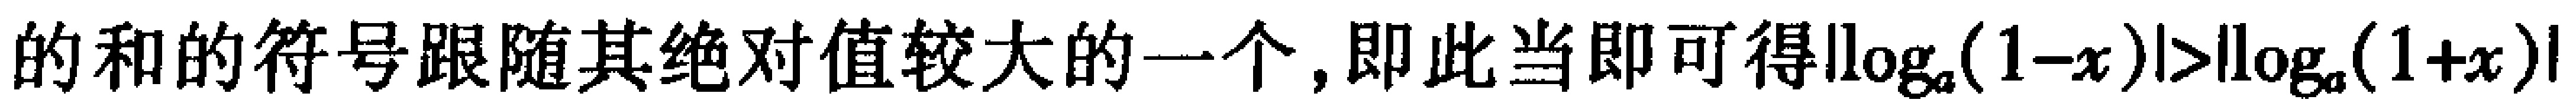
的和的符号跟随其绝对值较大的一个, 即此当即可得\(\vert\log_{a}(1 - x)\vert>\vert\log_{a}(1 + x)\vert\)